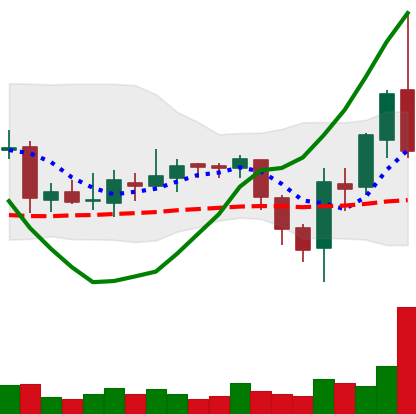
Ticker: ETC-USD
Chart end date: 2018-08-07
Forward return: -23.842%
Label: down_7plus